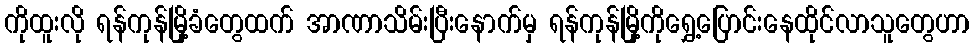
ကိုထူးလို ရန်ကုန်မြို့ခံတွေထက် အာဏာသိမ်းပြီးနောက်မှ ရန်ကုန်မြို့ကိုရွှေ့ပြောင်းနေထိုင်လာသူတွေဟာ